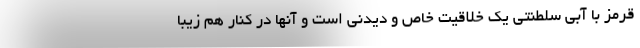
قرمز با آبی سلطنتی یک خلاقیت خاص و دیدنی است و آنها در کنار هم زیبا